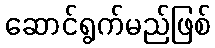
ဆောင်ရွက်မည်ဖြစ်